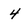
Character: 4